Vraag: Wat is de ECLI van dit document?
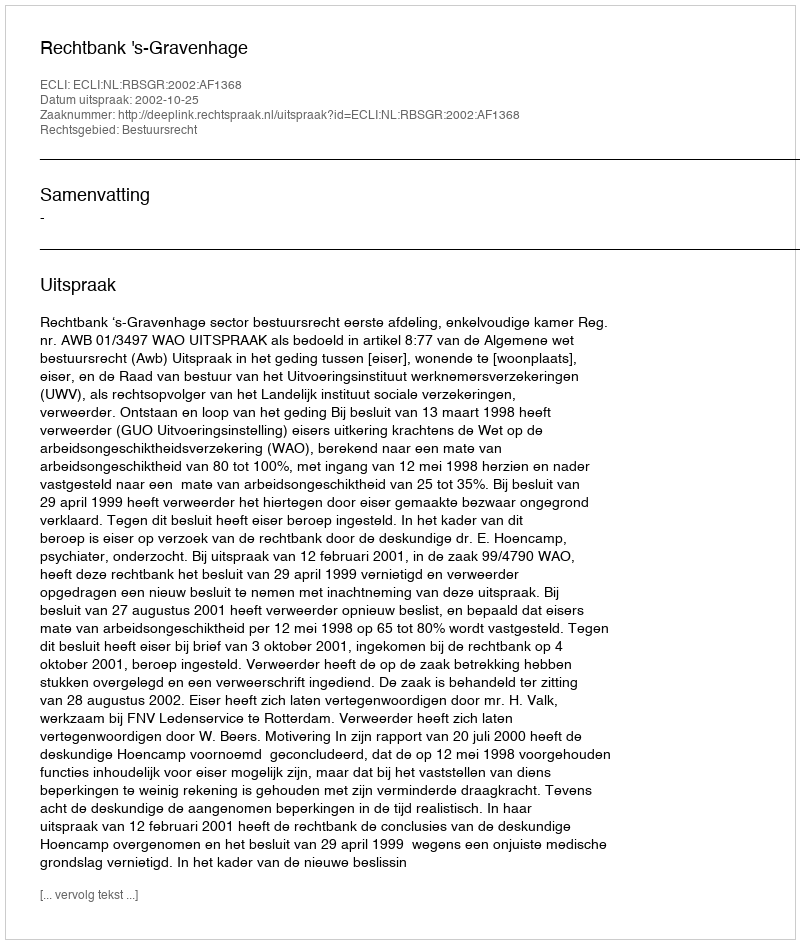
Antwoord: ECLI:NL:RBSGR:2002:AF1368